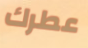
عطرك